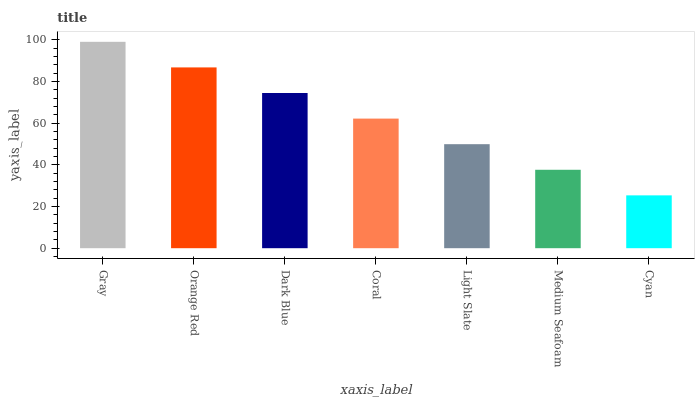
| xaxis_label | bars |
 | --- | --- |
 | Gray | 99 |
 | Orange Red | 86.7 |
 | Dark Blue | 74.4 |
 | Coral | 62.2 |
 | Light Slate | 49.9 |
 | Medium Seafoam | 37.6 |
 | Cyan | 25.3 |